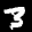
Label: 3